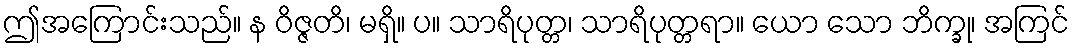
ဤအကြောင်းသည်။ န ဝိဇ္ဇတိ၊ မရှိ။ ပ။ သာရိပုတ္တ၊ သာရိပုတ္တရာ။ ယော သော ဘိက္ခု၊ အကြင်